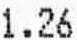
1.26